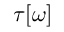
\tau [ \omega ]